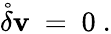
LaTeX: \mathring{\delta}\mathbf{v}\ =\ 0~.